Indian Medical Review
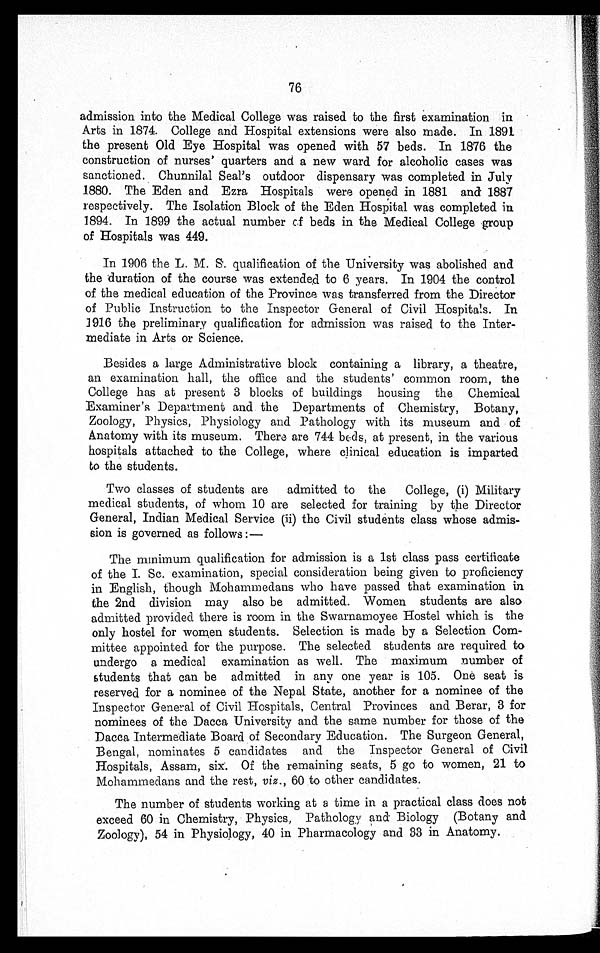
76
admission into the Medical College was raised to the first examination in
Arts in 1874. College and Hospital extensions were also made. In 1891
the present Old Eye Hospital was opened with 57 beds. In 1876 the
construction of nurses' quarters and a new ward for alcoholic cases was
sanctioned. Chunnilal Seal's outdoor dispensary was completed in July
1880. The Eden and Ezra Hospitals were opened in 1881 and 1887
respectively. The Isolation Block of the Eden Hospital was completed in
1894. In 1899 the actual number of beds in the Medical College group
of Hospitals was 449.
In 1906 the L. M. S. qualification of the University was abolished and
the duration of the course was extended to 6 years. In 1904 the control
of the medical education of the Province was transferred from the Director
of Public Instruction to the Inspector General of Civil Hospitals. In
1916 the preliminary qualification for admission was raised to the Inter-
mediate in Arts or Science.
Besides a large Administrative block containing a library, a theatre,
an examination hall, the office and the students' common room, the
College has at present 3 blocks of buildings housing the Chemical
Examiner's Department and the Departments of Chemistry, Botany,
Zoology, Physics, Physiology and Pathology with its museum and of
Anatomy with its museum. There are 744 beds, at present, in the various
hospitals attached to the College, where clinical education is imparted
to the students.
Two classes of students are admitted to the College, (i) Military
medical students, of whom 10 are selected for training by the Director
General, Indian Medical Service (ii) the Civil students class whose admis-
sion is governed as follows:
—
The minimum qualification for admission is a 1st class pass certificate
of the I. Sc. examination, special consideration being given to proficiency
in English, though Mohammedans who have passed that examination in
the 2nd division may also be admitted. Women students are also
admitted provided there is room in the Swarnamoyee Hostel which is the
only hostel for women students. Selection is made by a Selection Com-
mittee appointed for the purpose. The selected students are required to
undergo a medical examination as well. The maximum number of
students that can be admitted in any one year is 105. One seat is
reserved for a nominee of the Nepal State, another for a nominee of the
Inspector General of Civil Hospitals, Central Provinces and Berar, 3 for
nominees of the Dacca University and the same number for those of the
Dacca Intermediate Board of Secondary Education. The Surgeon General,
Bengal, nominates 5 candidates and the Inspector General of Civil
Hospitals, Assam, six. Of the remaining seats, 5 go to women, 21 to
Mohammedans and the rest, viz ., 60 to other candidates.
The number of students working at a time in a practical class does not
exceed 60 in Chemistry, Physics, Pathology and Biology (Botany and
Zoology), 54 in Physiology, 40 in Pharmacology and 33 in Anatomy.